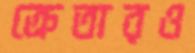
ক্রেতারও